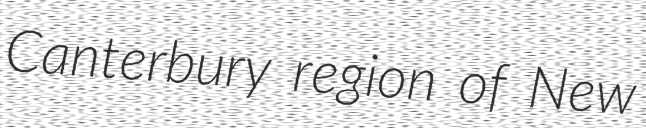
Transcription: Canterbury region of New